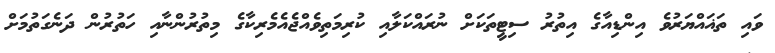
ވައި ތަޣައްޔަރުވެ އިންޑިއާގެ އިތުރު ސިޓީތަކަށް ނުރައްކަލާއި ކުރިމަތިވެއްޖެއެމެރިކާގެ މިތުރުންނާއި ހަތުރުން ދަނެގަތުމަށް